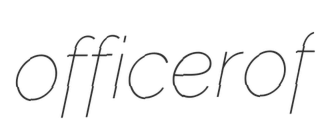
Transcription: officer of